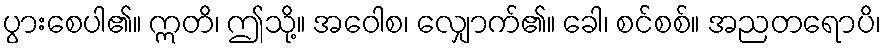
ပွားစေပါ၏။ ဣတိ၊ ဤသို့။ အဝေါစ၊ လျှောက်၏။ ခေါ၊ စင်စစ်။ အညတရောပိ၊